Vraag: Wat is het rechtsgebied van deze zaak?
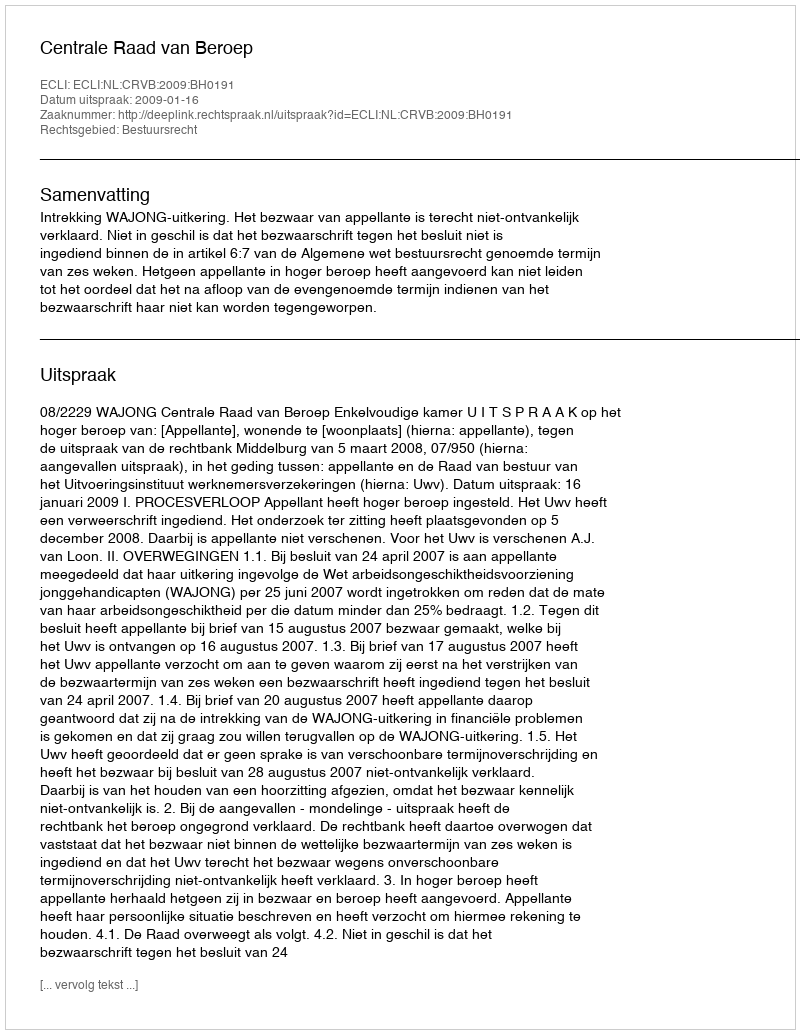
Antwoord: Bestuursrecht